Problem: 43 + 17 = ?
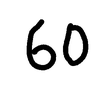
Handwritten answer: 60